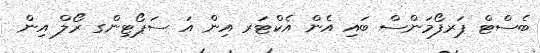
ބެސްޓް ޕަރފޯމަންސް ބައި އެން އެކްޓަރ އިން އަ ސަޕޯޓިންގ ރޯލް އިން